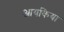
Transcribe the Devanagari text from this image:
आयकिया